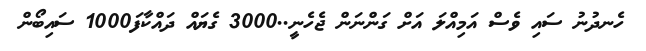
ހެނދުނު ސައި ވެސް އަމިއްލަ އަށް ގަންނަން ޖެހެނީ..3000 ގެޔައް ދައްކާފަ1000 ސައިބޯން